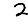
Digit: 2